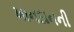
ખાનદાનની